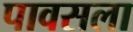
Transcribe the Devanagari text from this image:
पावसला